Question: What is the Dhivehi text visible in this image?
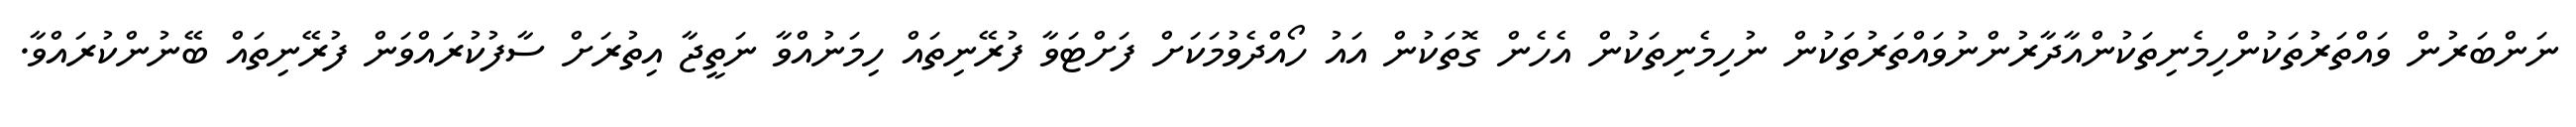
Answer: ނަންބަރުން ވައްތަރުތަކުންހިމެނިތަކުންއާދާރުންނުވައްތަރުތަކުން ނުހިމެނިތަކުން އެހެން ގޮތަކުން އައު ހޯއްދެވުމަކަށް ފަށްޓަވާ ފުރޭނިތައް ހިމަނުއްވާ ނަތީޖާ އިތުރަށް ސާފުކުރައްވަން ފުރޭނިތައް ބޭނުންކުރައްވާ.